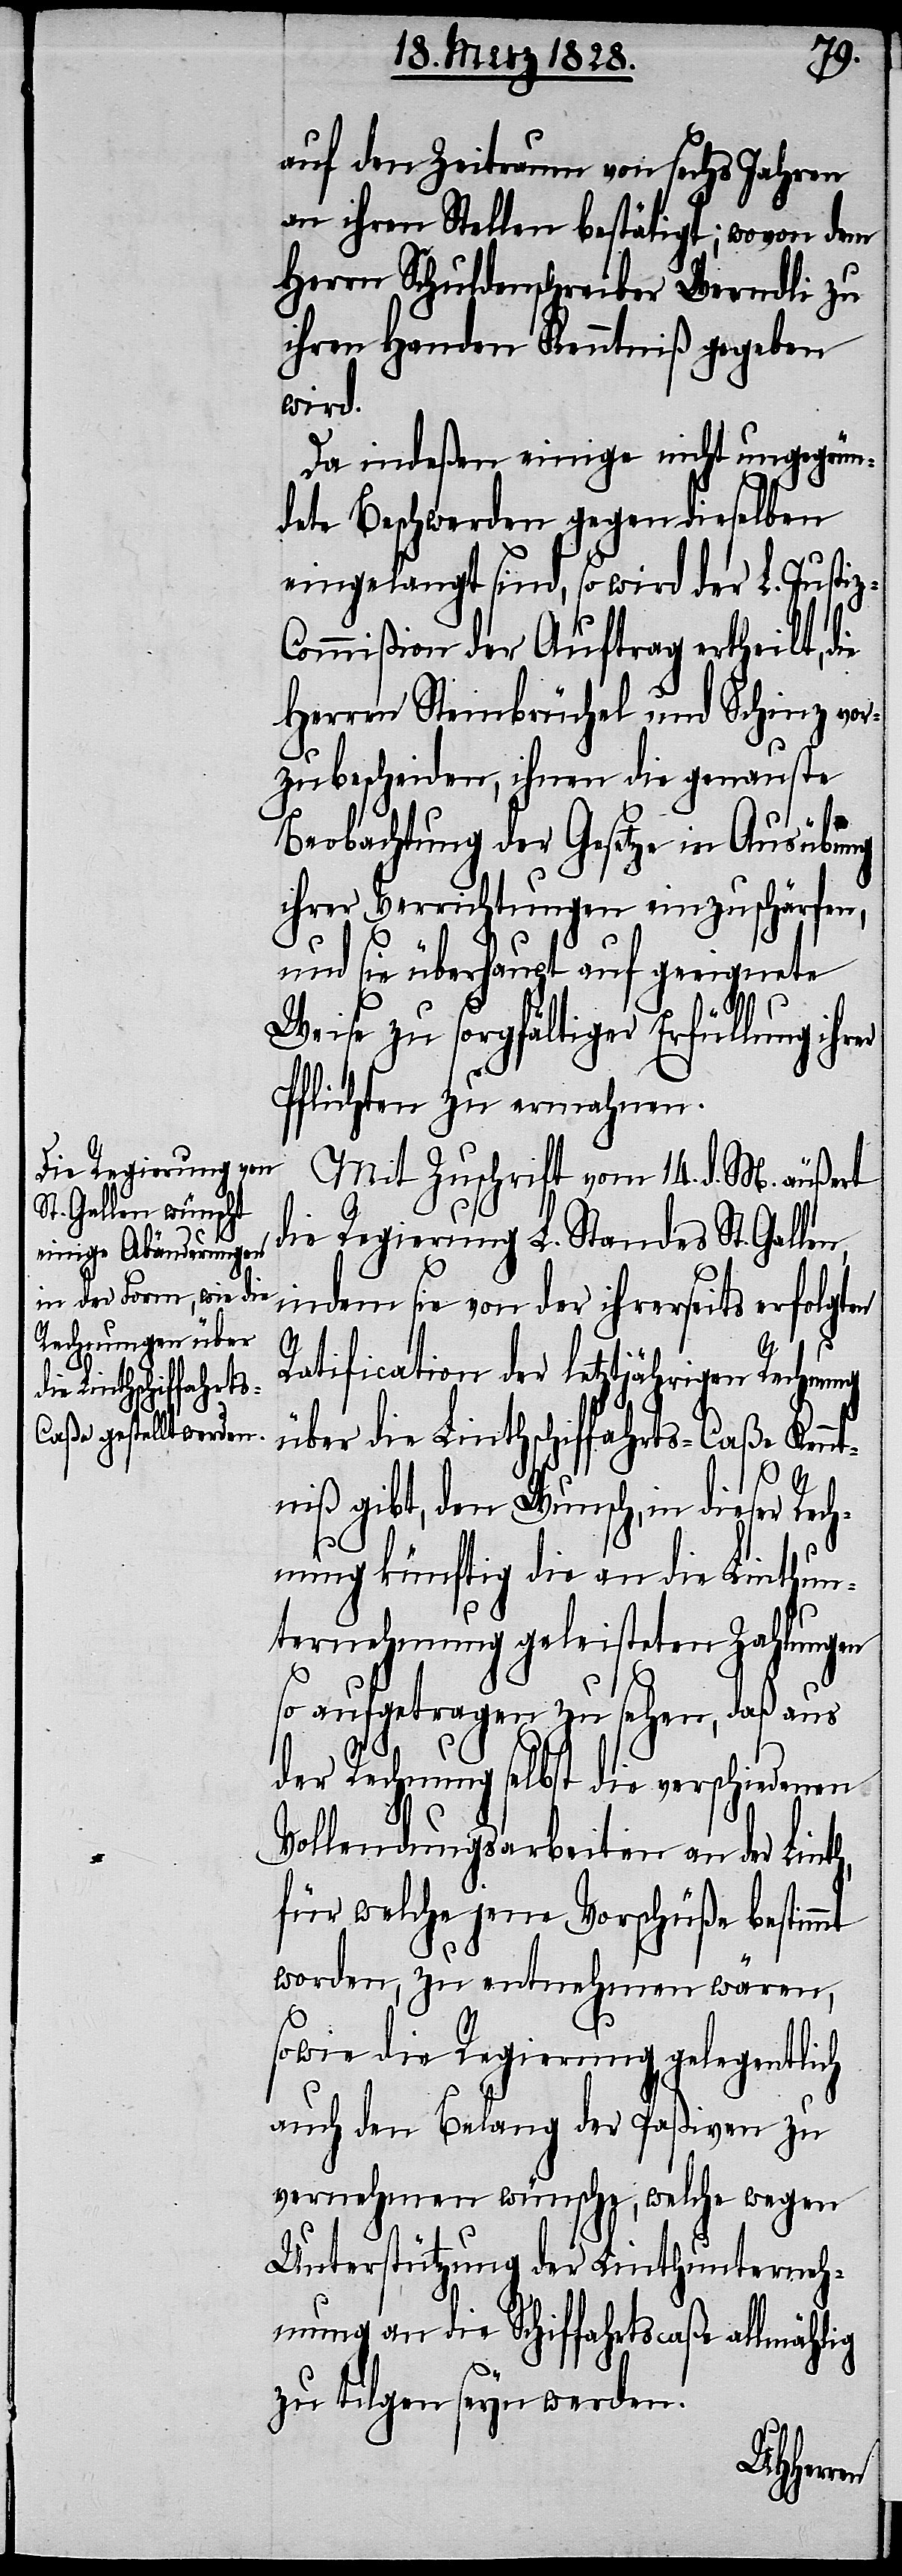
auf den Zeitraum von sechs Jahren
an ihren Stellen bestätigt; wovon dem
Herrn Schuldenschreiber Werndli zu
ihren Handen Kenntniß gegeben
wird.
Da indeßen einige nicht ungegrün¬
dete Beschwerden gegen dieselben
eingelangt sind, so wird der L. Justi¬
ommißion der Auftrag ertheilt, die
Herren Steinbrüchel und Schinz vor¬
zubescheiden, ihnen die genauste
Beobachtung der Gesetze in Ausübung
ihrer Verrichtungen einzuschärfen,
und sie überhaupt auf geeignete
z-C¬
Weise zu sorgfältiger Erfüllung ihrer
Pflichten zu ermahnen.
Mit Zuschrift vom 14. d. M. äußert
die Regierung L. Standes St. Galle¬
indem sie von der ihrerseits erfolgten
Ratification der letztjährigen Rechnung
über die Linthschiffahrts-Caßa Kenn¬
tniß gibt, den Wunsch, in dieser Rech¬
nung künftig die an die Linthun¬
ternehmung geleisteten Zahlungen
so aufgetragen zu sehen, da aus
der Rechnung selbst die verschiedenen
n,
Vollendungsarbeiten an der Linth,
für welche jene Vorschüße bestimmt
worden, zu entnehmen wären,
sowie die Regierung gelegentlich
auch den Belang der Paßiven zu
vernehmen wünsche, welche wegen
Unterstützung der Linthunterneh¬
mung an die Schiffahrtscaße allmählig
zu tilgen seyn werden.